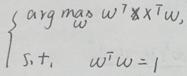
\[
\begin{cases}
\underset{w}{\arg\max} \ w^T \mathbf{X} \mathbf{X}^T w \\
\text{s.t.} \ \ w^T w = 1
\end{cases}
\]